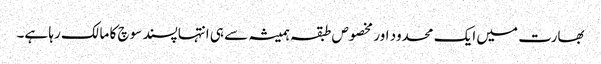
بھارت میں ایک محدود اور مخصوص طبقہ ہمیشہ سے ہی انتہاپسند سوچ کا مالک رہا ہے۔